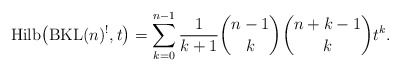
\begin{gather*}{\rm Hilb}\big({\rm BKL}(n)^{!},t\big)= \sum_{k=0}^{n-1}{1 \over {k+1}} {n-1 \choose k}{n+k-1 \choose k} t^k.\end{gather*}